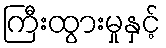
ကြီးထွားမှုနှင့်